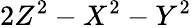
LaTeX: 2Z^{2}-X^{2}-Y^{2}